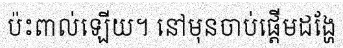
ប៉ះពាល់ឡើយ។ នៅមុនចាប់ផ្តើមដង្ហែ